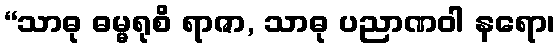
“သာဓု ဓမ္မရုစိ ရာဇာ, သာဓု ပညာဏဝါ နရော၊